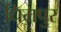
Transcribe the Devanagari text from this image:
धिमपुर